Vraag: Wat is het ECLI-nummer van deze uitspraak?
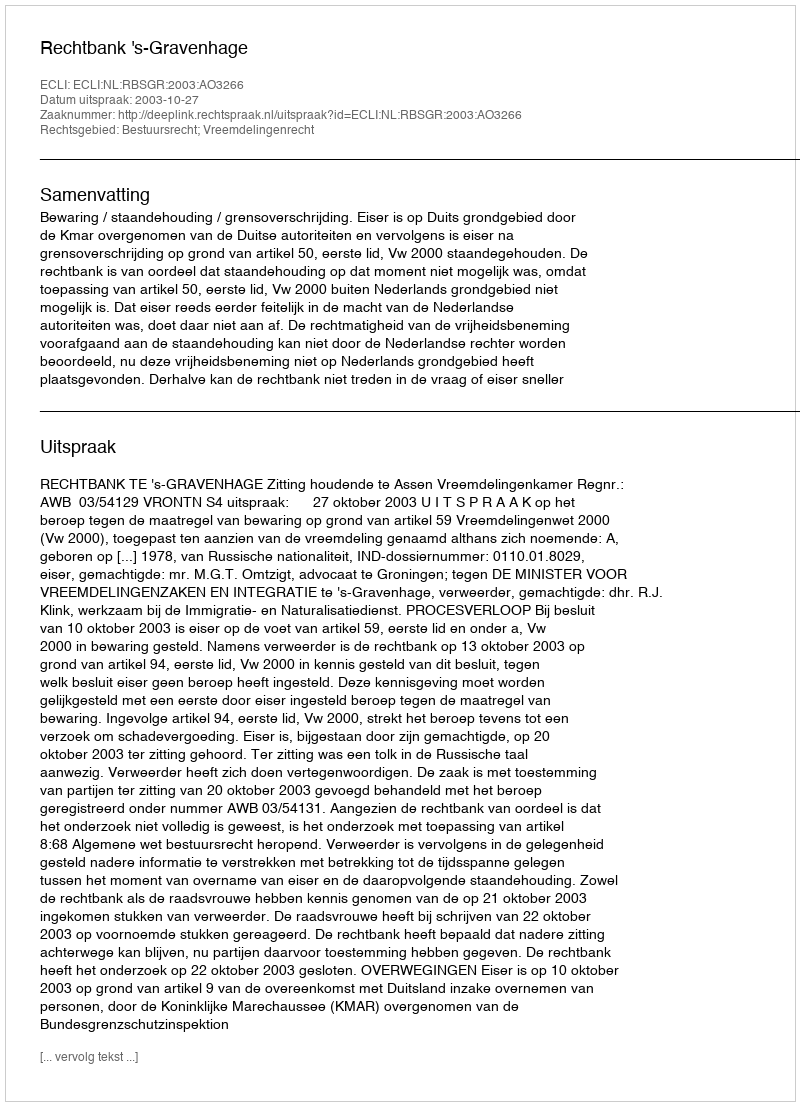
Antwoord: ECLI:NL:RBSGR:2003:AO3266